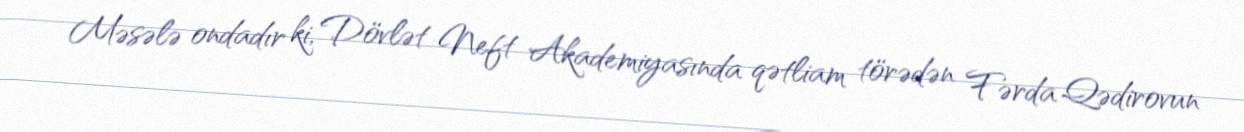
Məsələ ondadır ki, Dövlət Neft Akademiyasında qətliam törədən Fərda Qədirovun